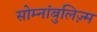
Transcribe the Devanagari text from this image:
सोम्नांबुलिज़्म